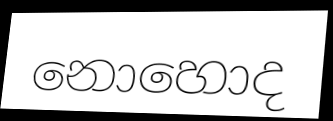
නොහොද